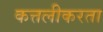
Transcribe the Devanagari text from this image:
कत्तलीकरता